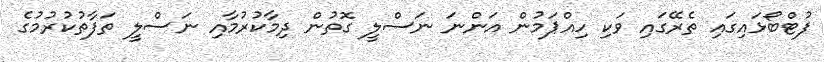
ފުޓްބޯޅައިގައި ތެރޭގައި ވަކި ހިއްޕަމުން އަންނަ ނަސްލީ ގޮތުން ދިމާކުރުމާއި ނަސްލީ ތަފާތުކުރުމުގެ